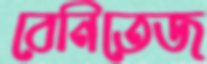
বেনিতেজ